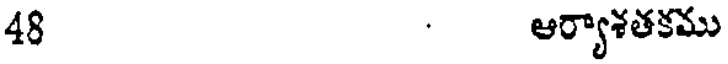
48 ఆర్యాశతకము